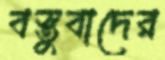
বস্তুবাদের